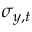
\sigma _ { y , t }